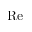
\mathrm { R e }